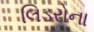
લિડરોના